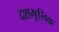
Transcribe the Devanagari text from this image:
दशमूलिक